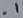
Text: .1